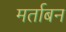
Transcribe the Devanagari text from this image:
मर्ताबन